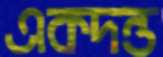
একদন্ত